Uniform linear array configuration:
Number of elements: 8
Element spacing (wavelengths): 1
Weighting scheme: hamming
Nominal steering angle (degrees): -45
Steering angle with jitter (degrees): -45.743
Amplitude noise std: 0.05
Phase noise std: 0.05

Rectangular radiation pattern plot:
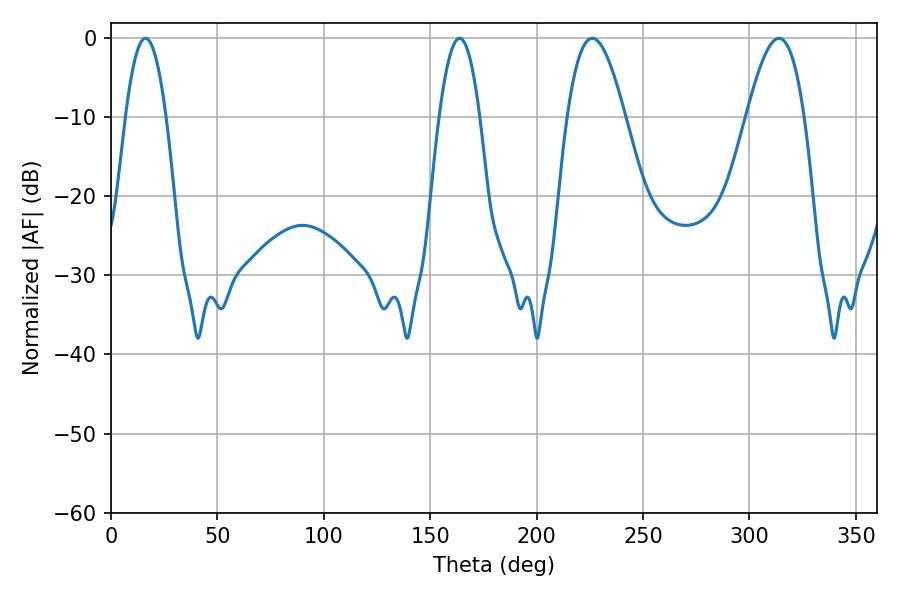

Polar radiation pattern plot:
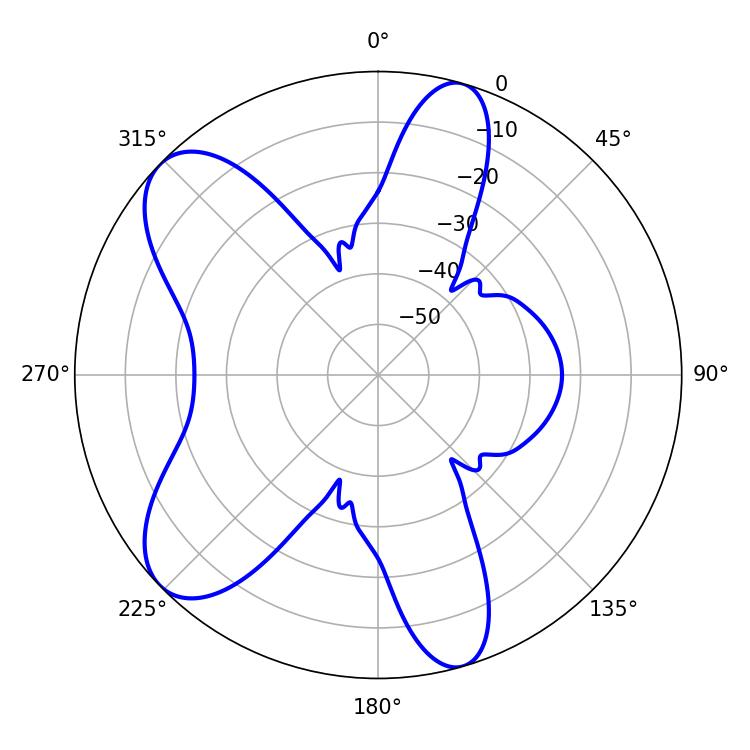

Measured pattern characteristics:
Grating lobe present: TRUE
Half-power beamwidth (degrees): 10.44
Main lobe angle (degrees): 16.2